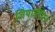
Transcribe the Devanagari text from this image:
जियाजैंथिन